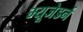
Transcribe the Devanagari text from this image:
म्यूजेडर्न